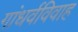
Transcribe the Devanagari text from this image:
गांधर्वविवाह